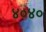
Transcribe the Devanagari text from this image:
४०४०